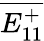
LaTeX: \overline{{E_{11}^{+}}}